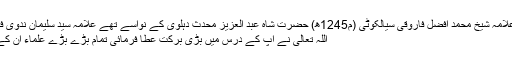
1262ھ) بن علامہ شیخ محمد افضل فاروقی سیالکوٹی (م1245ھ) حضرت شاہ عبد العزیز محدث دہلوی کے نواسے تھے علامہ سید سلیمان ندوی فرماتے ہیں کہ
اللہ تعالیٰ نے آپ کے درس میں بڑی برکت عطا فرمائی تمام بڑے بڑے علماء ان کے شاگرد تھے۔